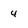
Character: 4